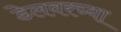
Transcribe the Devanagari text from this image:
डेलवरच्या